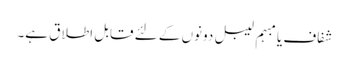
شفاف یا مبہم لیبل دونوں کے لئے قابل اطلاق ہے۔